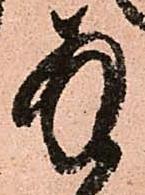
拝